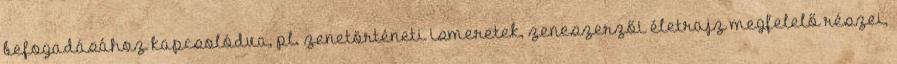
befogadásához kapcsolódva, pl. zenetörténeti ismeretek, zeneszerzői életrajz megfelelő részei,